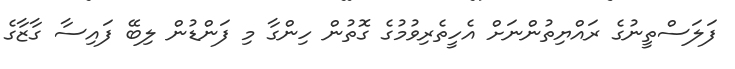
ފަލަސްތީނުގެ ރައްޔިތުންނަށް އެހީތެރިވުމުގެ ގޮތުން ހިންގާ މި ފަންޑުން ލިބޭ ފައިސާ ގާޒާގެ